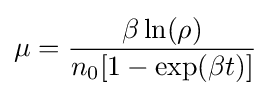
\mu ={\frac {\beta \ln(\rho )}{n_{0}[1-\exp(\beta t)]}}